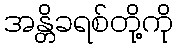
အန္တိခရစ်တို့ကို